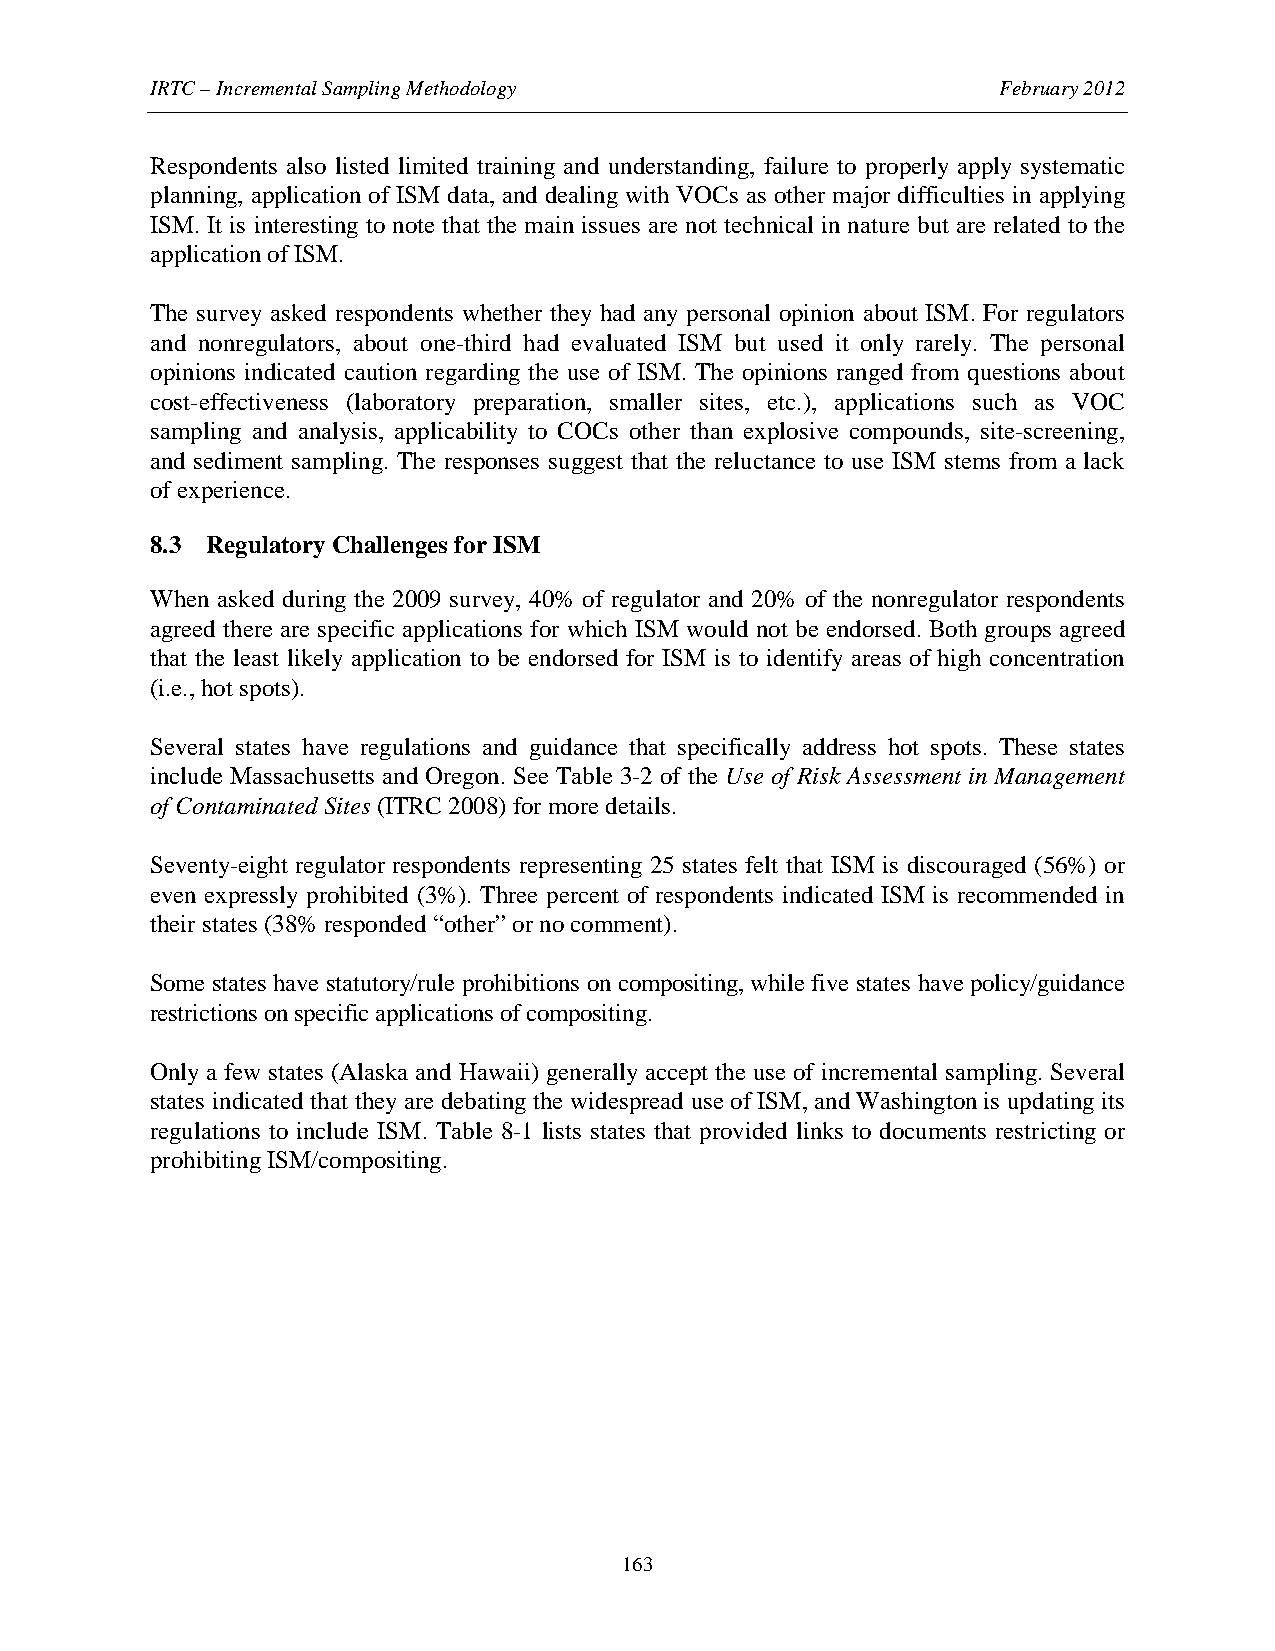
IRTC – Incremental Sampling Methodology                 February 2012
 Respondents also listed limited training and understanding, failure to properly apply systematic
 planning, application of ISM data, and dealing with VOCs as other major difficulties in applying
 ISM. It is interesting to note that the main issues are not technical in nature but are related to the
 application of ISM.
 The survey asked respondents whether they had any personal opinion about ISM. For regulators
 and nonregulators, about one-third had evaluated ISM but used it only rarely. The personal
 opinions indicated caution regarding the use of ISM. The opinions ranged from questions about
 cost-effectiveness (laboratory preparation, smaller sites, etc.), applications such as VOC
 sampling and analysis, applicability to COCs other than explosive compounds, site-screening,
 and sediment sampling. The responses suggest that the reluctance to use ISM stems from a lack
 of experience.
 8.3 Regulatory Challenges for ISM
 When asked during the 2009 survey, 40% of regulator and 20% of the nonregulator respondents
 agreed there are specific applications for which ISM would not be endorsed. Both groups agreed
 that the least likely application to be endorsed for ISM is to identify areas of high concentration
 (i.e., hot spots).
 Several states have regulations and guidance that specifically address hot spots. These states
 include Massachusetts and Oregon. See Table 3-2 of the Use of Risk Assessment in Management
 of Contaminated Sites (ITRC 2008) for more details.
 Seventy-eight regulator respondents representing 25 states felt that ISM is discouraged (56%) or
 even expressly prohibited (3%). Three percent of respondents indicated ISM is recommended in
 their states (38% responded “other” or no comment).
 Some states have statutory/rule prohibitions on compositing, while five states have policy/guidance
 restrictions on specific applications of compositing.
 Only a few states (Alaska and Hawaii) generally accept the use of incremental sampling. Several
 states indicated that they are debating the widespread use of ISM, and Washington is updating its
 regulations to include ISM. Table 8-1 lists states that provided links to documents restricting or
 prohibiting ISM/compositing.
 163